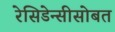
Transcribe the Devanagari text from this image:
रेसिडेन्सीसोबत